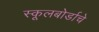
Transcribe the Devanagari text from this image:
स्कूलबोर्डाचे